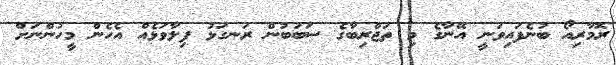
ރޮމާރިއޯ ބުނެފައިވަނީ އޭނާގެ މި ތަޖްރިބާގެ ސަބަބުން ރަނގަޅު ފިލާވަޅެއް އެހެން މީހުންނަށް